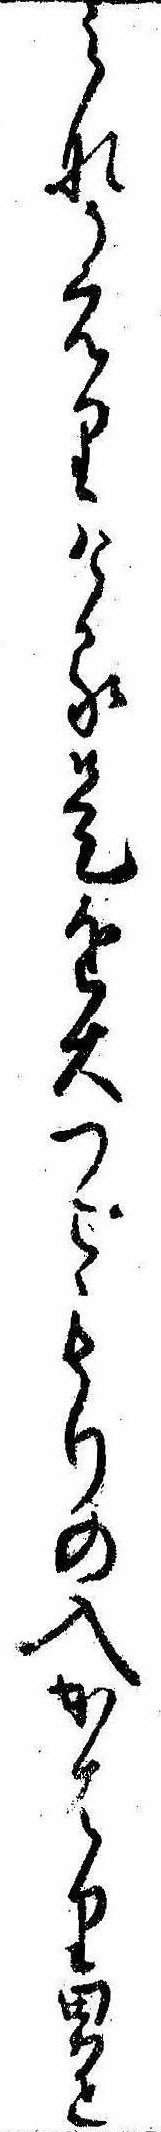
みなかえりける是を大つごもりの入かはり男と